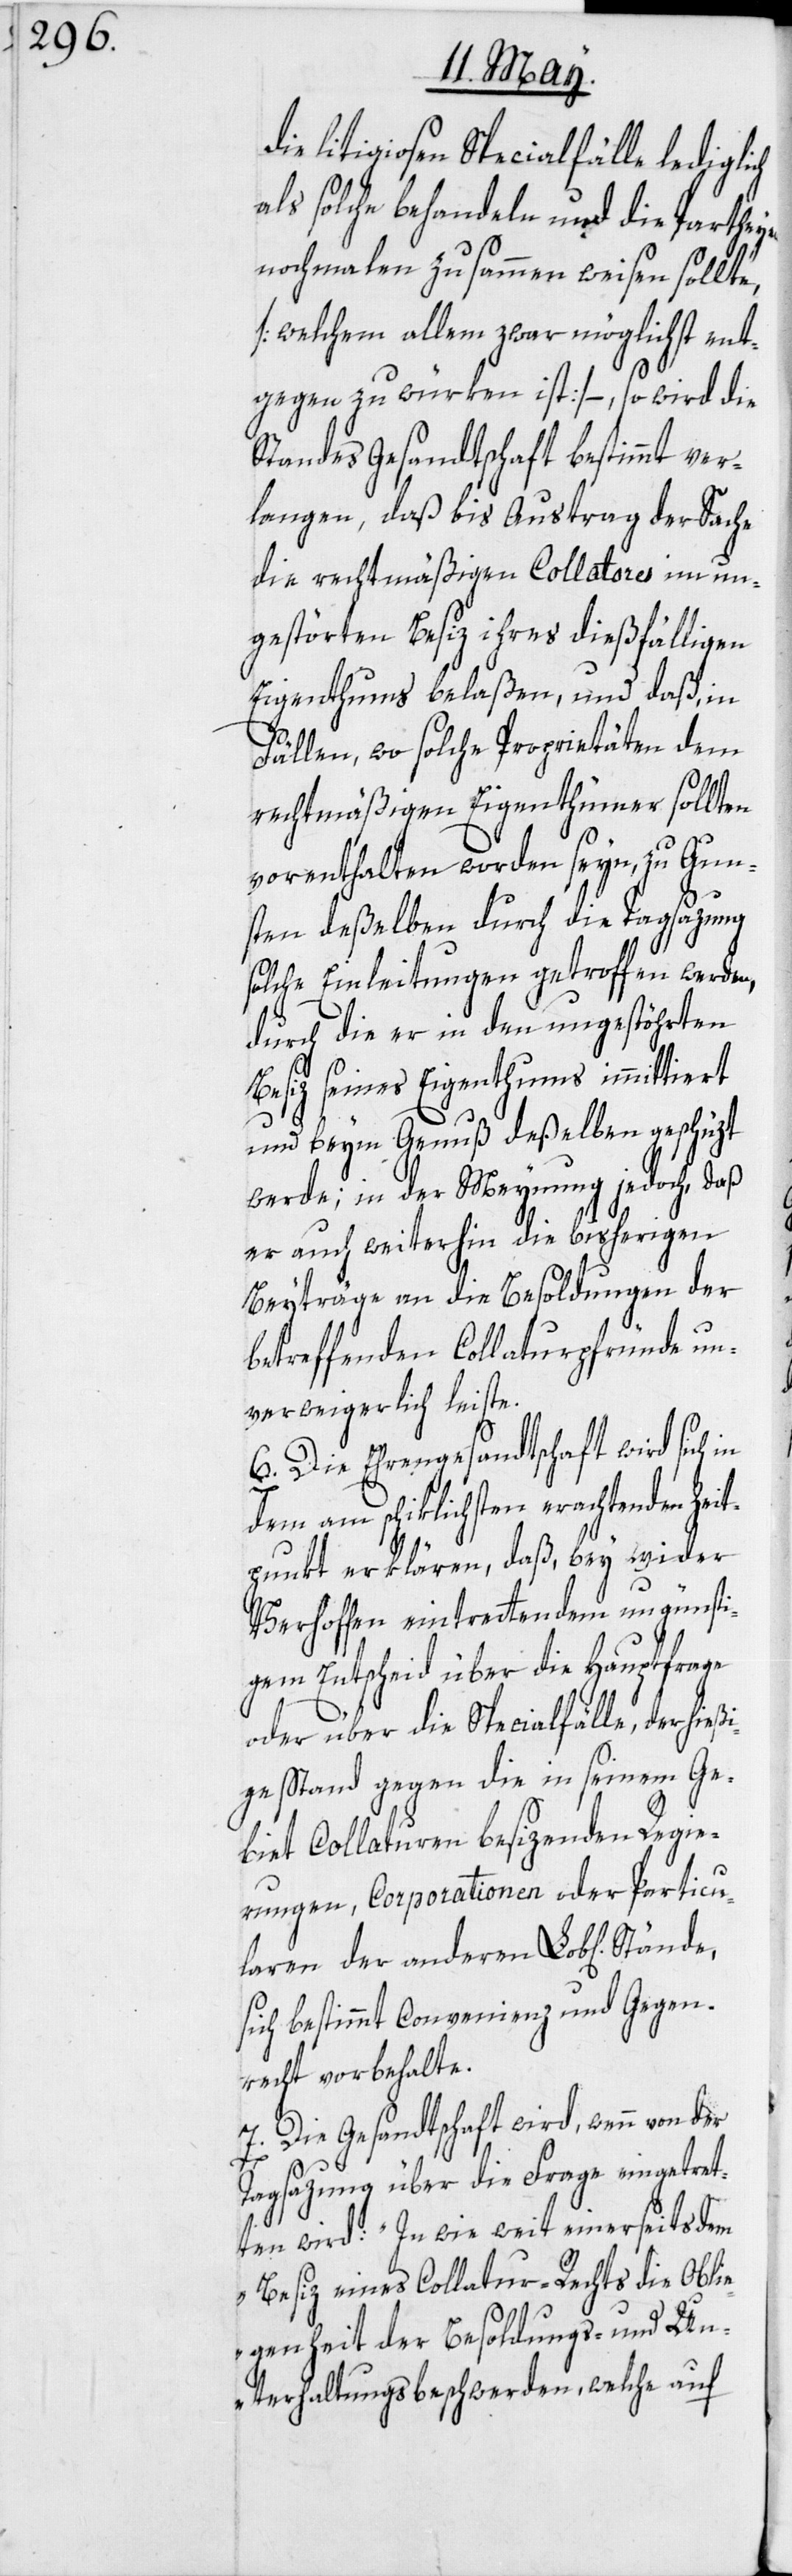
die litigiosen Specialfälle lediglich
als solche behandeln und die Parthey¬
nochmalen zusammen weisen sollte,
[welchem allem zwar möglichst ent¬
gegen zu würken ist] –, so wird die
Standes Gesandtschaft bestimmt ver¬
langen, daß bis Austrag der Sache
die rechtmäßigen Collatores im un¬
gestörten Besiz ihres dießfälligen
Eigenthums belaßen, und daß, in
Fällen, wo solche Proprietäten dem
rechtmäßigen Eigenthümer sollten
vorenthalten worden seyn, zu Gun¬
sten deßelben durch die Tagsazung
solche Einleitungen getroffen werden,
durch die er in den ungestöhrten
Besiz seines Eigenthums immittiert
und beym Genuß deßelben geschüzt
werde; in der Meynung jedoch, daß
er auch weiterhin die bisherigen
Beyträge an die Besoldungen der
betreffenden Collaturpfründe un¬
verweigerlich leiste.
6. Die Ehrengesandtschaft wird sich in
dem am schiklichsten erachtenden Zeit¬
punkt erklären, daß, bey wider
Verhoffen eintrettendem ungünsti¬
gem Entscheid über die Hauptfrage
oder über die Specialfälle, der hie¬
ßige Stand gegen die in seinem Ge¬
biet Collaturen besizenden Regie¬
rungen, Corporationen oder Particu¬
laren der anderen Lob[lichen]
sich bestimmt Convenienz und Gegen¬
recht vorbehalte.
7. Die Gesandtschaft wird, wenn von der
en
Tagsazung über die Frage eingetret¬
ten wird: „In wie weit einerseits dem
Besiz eines Collatur-Rechts die Obli¬
egenheit der Besoldungs- und Un¬
terhaltungsbeschwerden, welche auf